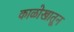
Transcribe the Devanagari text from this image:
काळोखातून